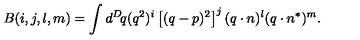
B ( i , j , l , m ) = \int d ^ { D } \! q ( q ^ { 2 } ) ^ { i } \left[ ( q - p ) ^ { 2 } \right] ^ { j } ( q \cdot n ) ^ { l } ( q \cdot n ^ { * } ) ^ { m } .